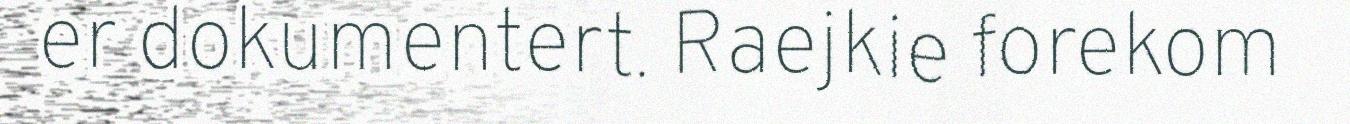
er dokumentert. Raejkie forekom